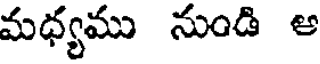
మధ్యము నుండి ఆ